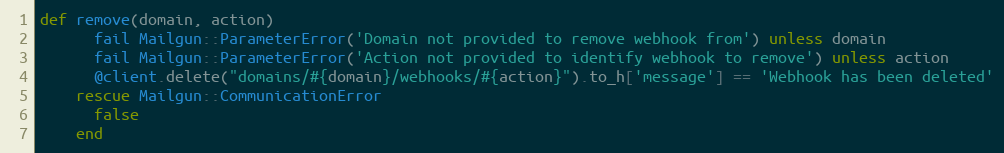
Language: Ruby
def remove(domain, action)
      fail Mailgun::ParameterError('Domain not provided to remove webhook from') unless domain
      fail Mailgun::ParameterError('Action not provided to identify webhook to remove') unless action
      @client.delete("domains/#{domain}/webhooks/#{action}").to_h['message'] == 'Webhook has been deleted'
    rescue Mailgun::CommunicationError
      false
    end